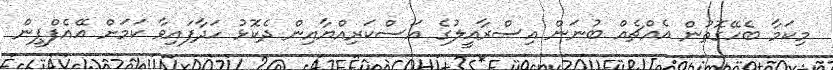
މިކަމާ ބެހޭގޮތުން އެއްޗެއް ބުނަން އިސްރާއީލުގެ އަސްކަރިއްޔާއިން ދެކޮޅު ހަދާފައިވާ ކަމަށް އޭއެފްޕީން